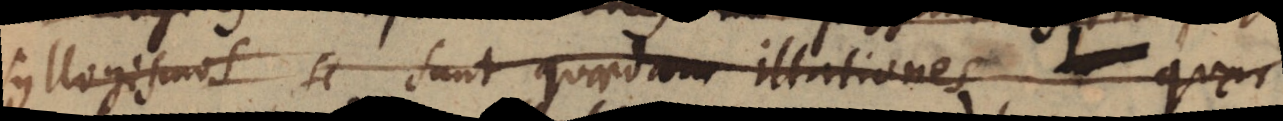
syllogismos sunt quaedam illationes quae